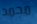
مجمد